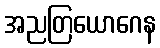
အညတြယောဂေန